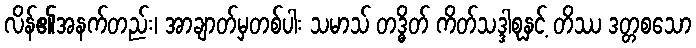
လိန်၏အနက်တည်း၊ အာချာတ်မှတစ်ပါး သမာသ် တဒ္ဓိတ် ကိတ်သဒ္ဒါစုနှင့် တိဿ ဒတ္တစသော